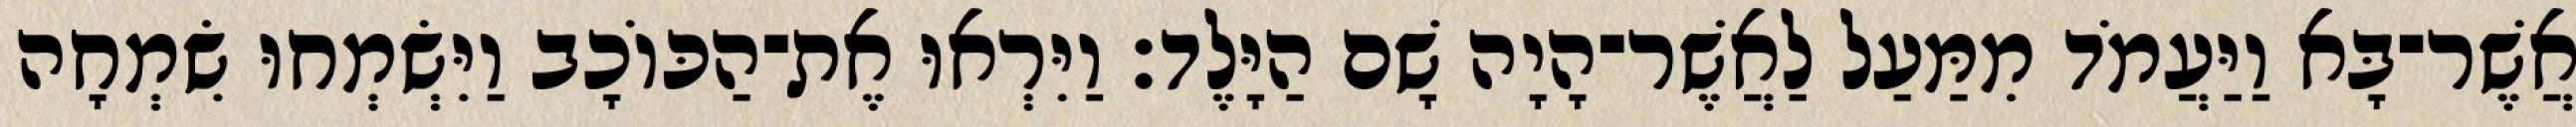
אֲשֶׁר־בָּא וַיַּעֲמֹד מִמַּעַל לַאֲשֶׁר־הָיָה שָׁם הַיָּלֶד׃ וַיִּרְאוּ אֶת־הַכּוֹכָב וַיִּשְׂמְחוּ שִׂמְחָה